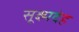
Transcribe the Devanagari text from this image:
सूक्ष्मदेह